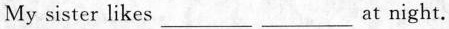
My sister likes___ ___at night.